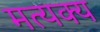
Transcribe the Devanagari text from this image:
मत्यक्य